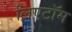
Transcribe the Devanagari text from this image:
लिएटॉम